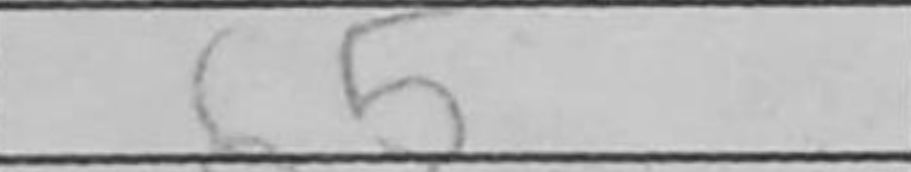
Transcription: b5